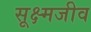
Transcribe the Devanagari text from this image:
सूक्ष्‍मजीव